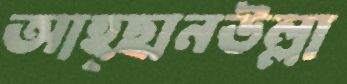
আহ্ছানউল্লা